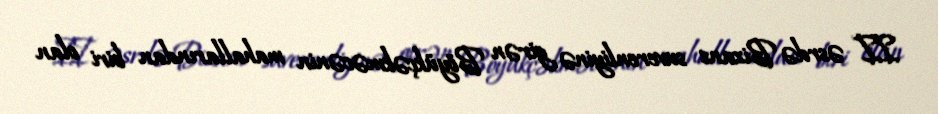
II əsrdə Bizans suverenliyinə girən Böyükçəkməcənin mahallarından biri olan